Report of the Imperial Institute of Veterinary Research, Muktesar
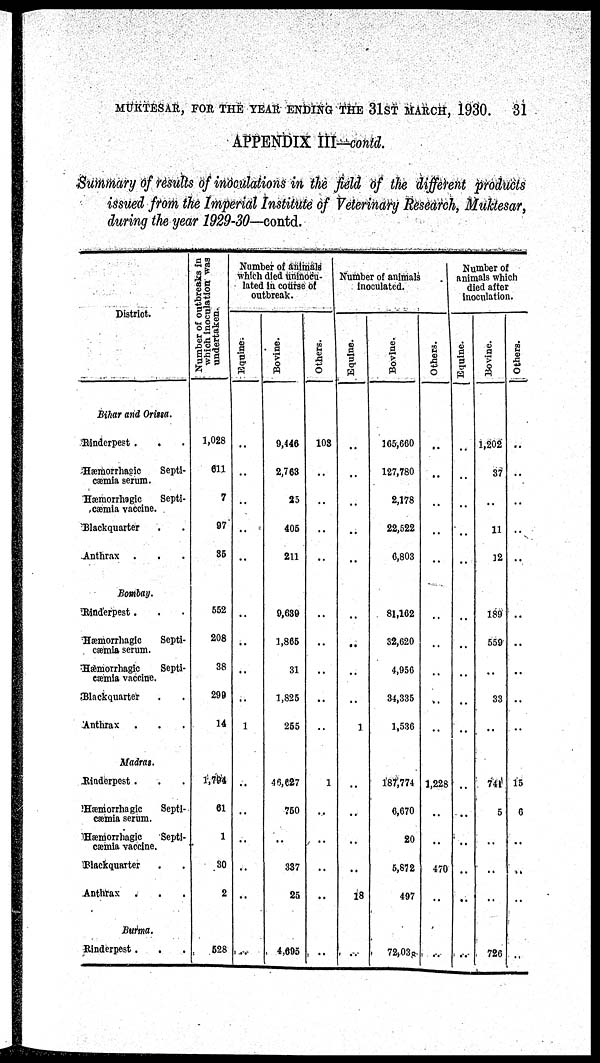
MUKTESAR, FOR THE YEAR ENDING THE 31ST MARCH, 1930.
31
APPENDIX III-contd.
Summary of results of inoculations in the field of the different products
issued from the Imperial Institute of Veterinary Research, Muktesar,
during the year 1929-30—contd.
District.
Bihar and Orissa.
Rinderpest .
Hæmorrhagic
Septi-
cæmia serum.
Hæmorrhagic Septi¬
cæmia vaccine.
Blackquarter
Anthrax .
Bombay.
Rinderpest.
Hæmorrhagic
Septi-
cæmia serum.
Hæmorrhagic
Septi-
cæmia vaccine.
Blackquarter
Anthrax
Madras.
Rinderpest .
Hæmorrhagic
Septi-
cæmia serum.
Hæmorrhagic
Septi-
cæmia vaccine.
Blackquarter
Anthrax
Burma.
Rinderpest.
Number of outbreaks in
which inoculation was
undertaken.
1,028
611
7
97
35
552
208
38
299
14
1,794
61
1
30
2
528
Number of animals
which died uninocu¬
lated in course of
outbreak.
Equine.
..
..
..
..
..
..
..
..
1
..
..
..
..
..
Bovine.
9,446
2,763
25
405
211
9,639
1,865
31
1,825
255
46,627
750
..
337
25
4,695
Others.
103
..
..
..
..
..
..
..
..
1
..
..
..
..
..
Number of animals
inoculated.
Equine.
..
..
..
..
..
..
..
..
1
..
..
..
..
18
..
Bovine.
165,660
127,780
2,178
22,522
6,803
81,162
32,620
4,956
34,335
1,536
187,774
6,670
20
5,872
497
72,038
Others.
..
..
..
..
..
..
..
..
..
1,228
..
..
470
..
..
Number of
animals which
died after
inoculation.
Equine.
..
..
..
..
..
..
..
..
..
..
..
..
..
..
..
Bovine.
1,202
37
11
12
189
559
33
..
741
5
..
..
..
726
Others.
..
..
..
..
..
..
..
15
6
..
..
..
..